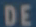
DE